Treatise on elephants
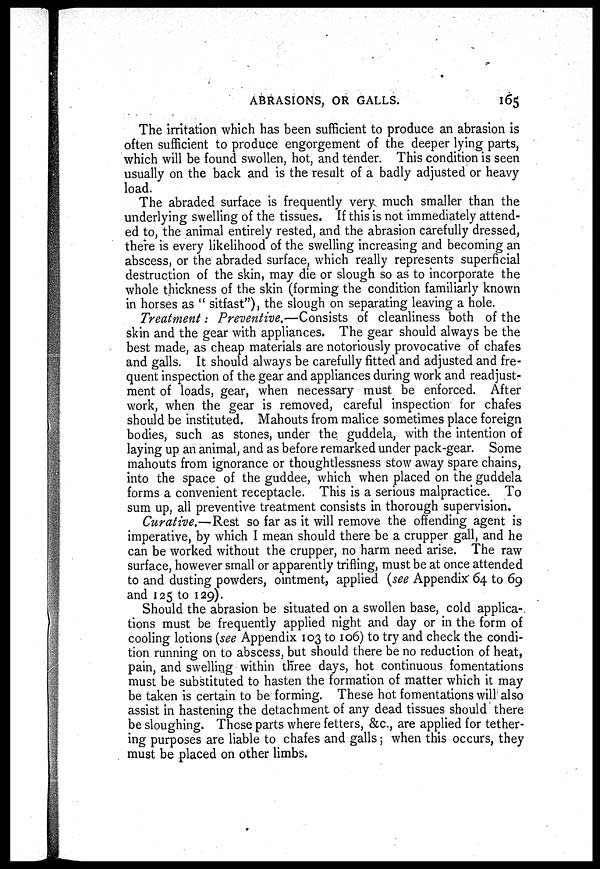
ABRASIONS, OR GALLS.
165
The irritation which has been sufficient to produce an abrasion is
often sufficient to produce engorgement of the deeper lying parts,
which will be found swollen, hot, and tender. This condition is seen
usually on the back and is the result of a badly adjusted or heavy
load.
The abraded surface is frequently very much smaller than the
underlying swelling of the tissues. If this is not immediately attend-
ed to, the animal entirely rested, and the abrasion carefully dressed,
there is every likelihood of the swelling increasing and becoming an
abscess, or the abraded surface, which really represents superficial
destruction of the skin, may die or slough so as to incorporate the
whole thickness of the skin (forming the condition familiarly known
in horses as "sitfast"), the slough on separating leaving a hole.
Treatment: Preventive.—Consists of cleanliness both of the
skin and the gear with appliances. The gear should always be the
best made, as cheap materials are notoriously provocative of chafes
and galls. It should always be carefully fitted and adjusted and fre-
quent inspection of the gear and appliances during work and read just-
ment of loads, gear, when necessary must be enforced. After
work, when the gear is removed, careful inspection for chafes
should be instituted. Mahouts from malice sometimes place foreign
bodies, such as stones, under the guddela, with the intention of
laying up an animal, and as before remarked under pack-gear. Some
mahouts from ignorance or thoughtlessness stow away spare chains,
into the space of the guddee, which when placed on the guddela
forms a convenient receptacle. This is a serious malpractice. To
sum up, all preventive treatment consists in thorough supervision.
Curative.—Rest so far as it will remove the offending agent is
imperative, by which I mean should there be a crupper gall, and he
can be worked without the crupper, no harm need arise. The raw
surface, however small or apparently trifling, must be at once attended
to and dusting powders, ointment, applied (see Appendix 64 to 69
and 125 to 129).
Should the abrasion be situated on a swollen base, cold applica-
tions must be frequently applied night and day or in the form of
cooling lotions (see Appendix 103 to 106) to try and check the condi-
tion running on to abscess, but should there be no reduction of heat,
pain, and swelling within three days, hot continuous fomentations
must be substituted to hasten the formation of matter which it may
be taken is certain to be forming. These hot fomentations will also
assist in hastening the detachment of any dead tissues should there
be sloughing. Those parts where fetters, &c., are applied for tether-
ing purposes are liable to chafes and galls; when this occurs, they
must be placed on other limbs.